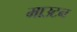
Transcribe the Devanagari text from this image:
माउटन